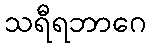
သရီရဘာဂေ